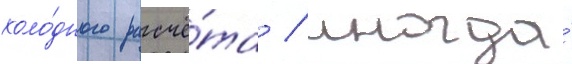
холо́дного расчё́та / иногда́